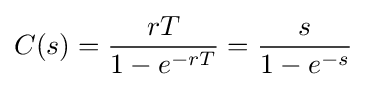
C(s)={\frac {rT}{1-e^{-rT}}}={\frac {s}{1-e^{-s}}}